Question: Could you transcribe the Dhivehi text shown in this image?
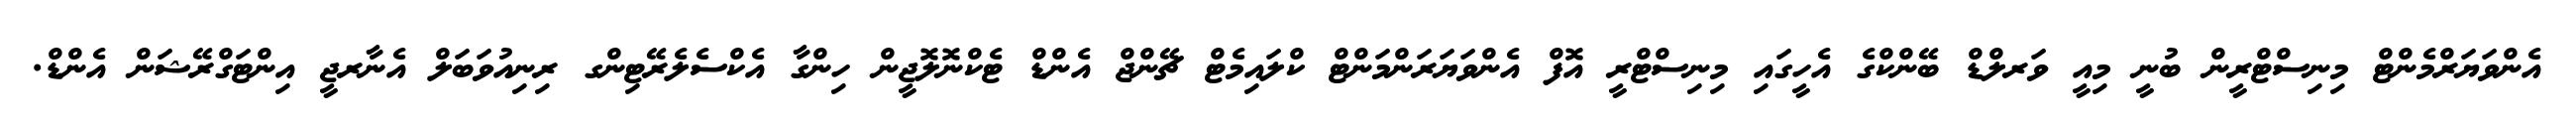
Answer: އެންވަޔަރްމެންޓް މިނިސްޓްރީން ބުނީ މިއީ ވަރލްޑް ބޭންކްގެ އެހީގައި މިނިސްޓްރީ އޮފް އެންވަޔަރަންމަންޓް ކްލައިމެޓް ޗޭންޖް އެންޑް ޓެކްނޮލޮޖީން ހިންގާ އެކްސެލެރޭޓިންގ ރިނިއުވަބަލް އެނާރޖީ އިންޓަގްރޭޝަން އެންޑް.